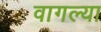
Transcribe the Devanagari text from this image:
वागल्या